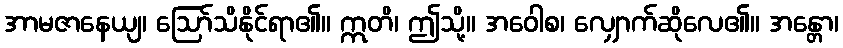
အာမဇာနေယျ၊ ဩော်သိနိုင်ရာ၏။ ဣတိ၊ ဤသို့။ အဝေါစ၊ လျှောက်ဆိုလေ၏။ အန္တော၊